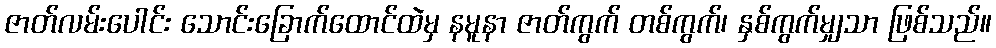
ဇာတ်လမ်းပေါင်း သောင်းခြောက်ထောင်ထဲမှ နမူနာ ဇာတ်ကွက် တစ်ကွက်၊ နှစ်ကွက်မျှသာ ဖြစ်သည်။